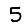
Digit: 5